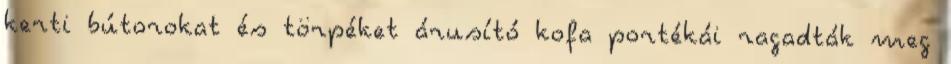
kerti bútorokat és törpéket árusító kofa portékái ragadták meg